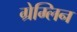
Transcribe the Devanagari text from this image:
ग्रेम्लिन